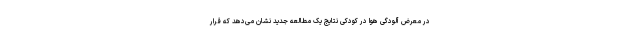
در معرض آلودگی هوا در کودکی نتایج یک مطالعه جدید نشان می‌دهد که قرار